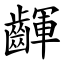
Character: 齳